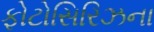
ફોટોસિરિઝના